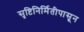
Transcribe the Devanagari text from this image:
सृष्टिनिर्मितीपासून